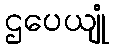
ဌပေယျုံ